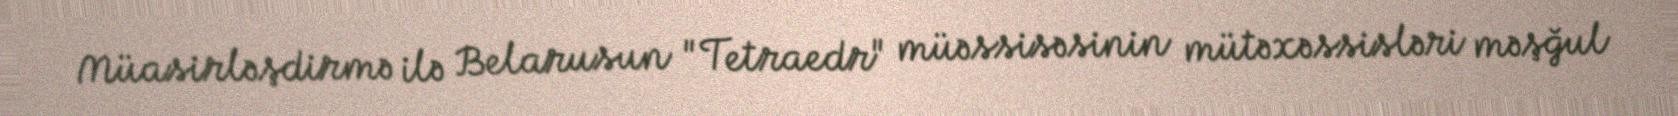
Müasirləşdirmə ilə Belarusun "Tetraedr" müəssisəsinin mütəxəssisləri məşğul